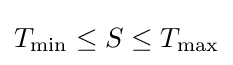
T_{\mathrm {min} }\leq S\leq T_{\mathrm {max} }